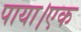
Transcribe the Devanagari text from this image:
पाया।एक